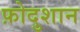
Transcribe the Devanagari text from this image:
फ़ोदुशान